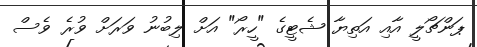
ޕަންޗޯލީ އާއި އަތިޔާ ޝެޓީގެ "ހީރޯ" އަށް ލިބުނު ވަރަށް ވުރެ ވެސް